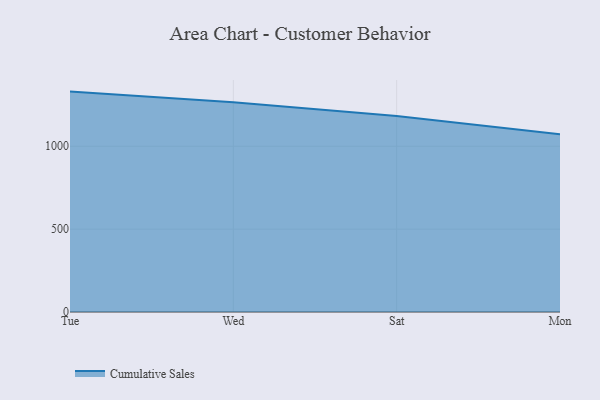
{"axis": {"x": "Day", "y": "Budget (USD K)"}, "legend": ["Cumulative Sales"], "data": [{"x": "Tue", "y": 1329.9, "type": "Cumulative Sales"}, {"x": "Wed", "y": 1265.0, "type": "Cumulative Sales"}, {"x": "Sat", "y": 1183.0, "type": "Cumulative Sales"}, {"x": "Mon", "y": 1072.7, "type": "Cumulative Sales"}]}